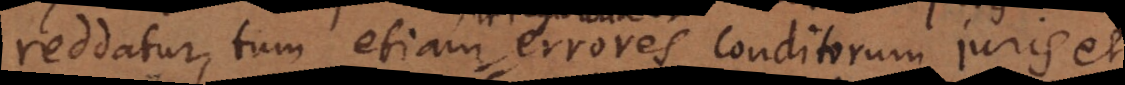
reddatur, tum etiam errores conditorum juris et